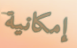
إمكانية